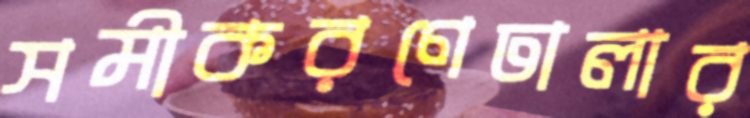
সমীকরণেঢালার